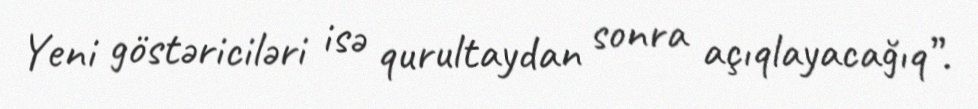
Yeni göstəriciləri isə qurultaydan sonra açıqlayacağıq”.